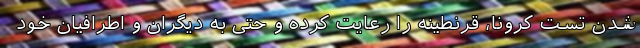
شدن تست کرونا، قرنطینه را رعایت کرده و حتی به دیگران و اطرافیان خود